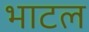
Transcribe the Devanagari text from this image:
भाटल